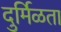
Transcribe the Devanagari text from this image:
दुर्मिळता